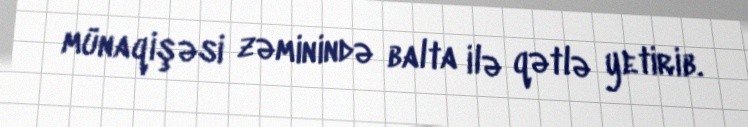
münaqişəsi zəminində balta ilə qətlə yetirib.